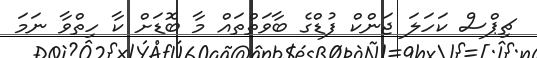
ޗިޕްސް ކަހަލަ ޖަންކް ފުޑްގެ ބާވަތްތައް މާ ބޮޑަށް ކާ ހިތްވާ ނަމަ